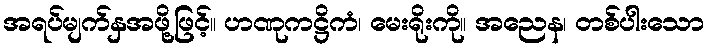
အရပ်မျက်နှအဖို့ဖြင့်။ ဟဏုကဋ္ဌိကံ၊ မေးရိုးကို။ အညေန၊ တစ်ပါးသော